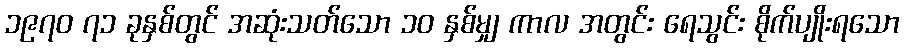
၁၉၇၀ ၇၁ ခုနှစ်တွင် အဆုံးသတ်သော ၁၀ နှစ်မျှ ကာလ အတွင်း ရေသွင်း စိုက်ပျိုးရသော